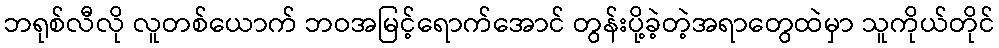
ဘရုစ်လီလို လူတစ်ယောက် ဘဝအမြင့်ရောက်အောင် တွန်းပို့ခဲ့တဲ့အရာတွေထဲမှာ သူကိုယ်တိုင်